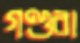
গণ্ডরা